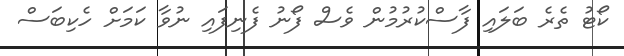
ކޯޓު ތެރެ ބަލައި ފާސްކުރުމުން ވެސް ފޯނު ފެނިފައި ނުވާ ކަމަށް ހެކިބަސް